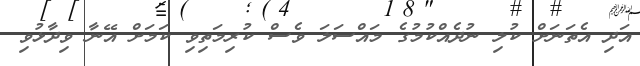
އަދި އެތަނަށް ކުލި ނުދެއްކުމުގެ މައްސަލަ ވެސް ކުރިމަތިވި ކަމަށް އޭނާ ވިދާޅުވި